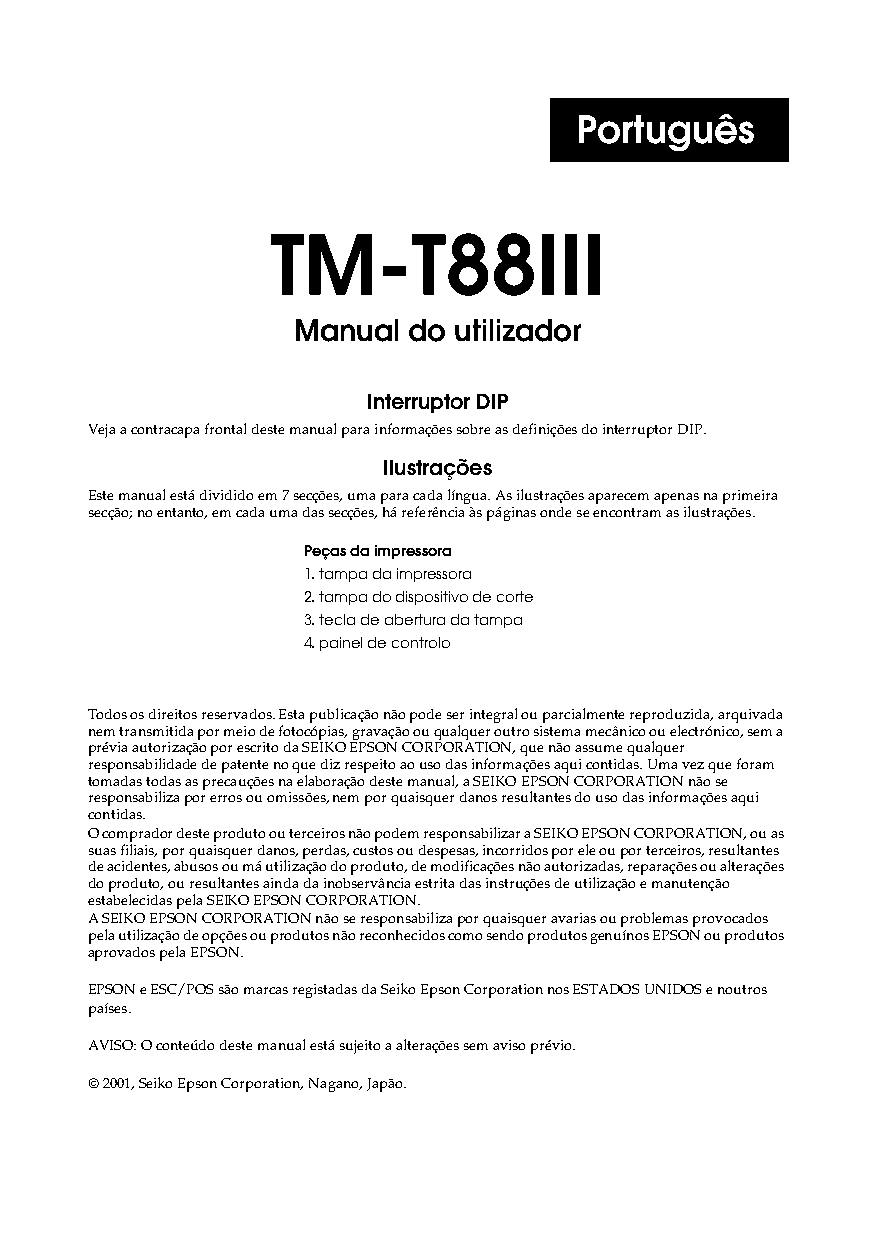
Português
 TM-T88III
 Manual do utilizador
 Interruptor DIP
 Veja a contracapa frontal deste manual para informações sobre as definições do interruptor DIP.
 Ilustrações
 Este manual está dividido em 7 secções, uma para cada língua. As ilustrações aparecem apenas na primeira
 secção; no entanto, em cada uma das secções, há referência às páginas onde se encontram as ilustrações.
 Peças da impressora
 1. tampa da impressora
 2. tampa do dispositivo de corte
 3. tecla de abertura da tampa
 4. painel de controlo
 Todos os direitos reservados. Esta publicação não pode ser integral ou parcialmente reproduzida, arquivada
 nem transmitida por meio de fotocópias, gravação ou qualquer outro sistema mecânico ou electrónico, sem a
 prévia autorização por escrito da SEIKO EPSON CORPORATION, que não assume qualquer
 responsabilidade de patente no que diz respeito ao uso das informações aqui contidas. Uma vez que foram
 tomadas todas as precauções na elaboração deste manual, a SEIKO EPSON CORPORATION não se
 responsabiliza por erros ou omissões, nem por quaisquer danos resultantes do uso das informações aqui
 contidas.
 O comprador deste produto ou terceiros não podem responsabilizar a SEIKO EPSON CORPORATION, ou as
 suas filiais, por quaisquer danos, perdas, custos ou despesas, incorridos por ele ou por terceiros, resultantes
 de acidentes, abusos ou má utilização do produto, de modificações não autorizadas, reparações ou alterações
 do produto, ou resultantes ainda da inobservância estrita das instruções de utilização e manutenção
 estabelecidas pela SEIKO EPSON CORPORATION.
 A SEIKO EPSON CORPORATION não se responsabiliza por quaisquer avarias ou problemas provocados
 pela utilização de opções ou produtos não reconhecidos como sendo produtos genuínos EPSON ou produtos
 aprovados pela EPSON.
 EPSON e ESC/POS são marcas registadas da Seiko Epson Corporation nos ESTADOS UNIDOS e noutros
 países.
 AVISO: O conteúdo deste manual está sujeito a alterações sem aviso prévio.
 © 2001, Seiko Epson Corporation, Nagano, Japão.